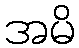
အမိ